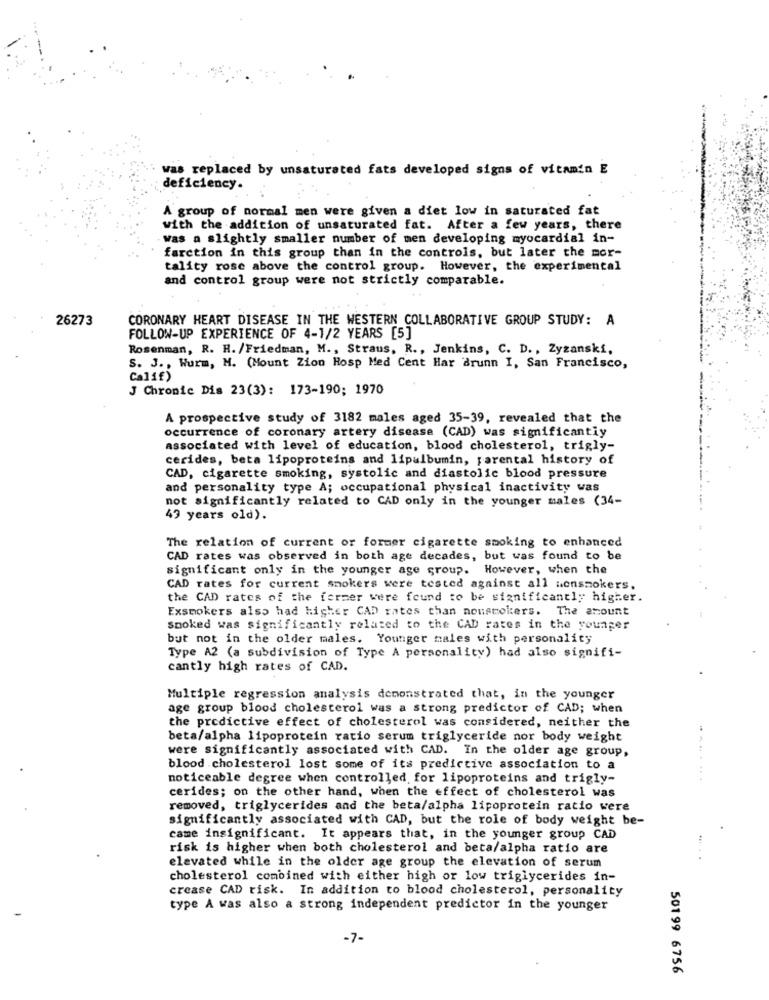
was replaced by unsaturated fats developed signs of vitamin E
deficiency.
A group of normal men were given a diet low in saturated fat
with the addition of unsaturated fat. After a few years, there
was a slightly smaller number of men developing myocardial in-
farction in this group than in the controls, but later the mor-
tality rose above the control group. However, the experimental
and control group were not strictly comparable.
26273
CORONARY HEART DISEASE IN THE WESTERN COLLABORATIVE GROUP STUDY: A
FOLLOW-UP EXPERIENCE OF 4-1/2 YEARS [5]
Rosenman, R. H. /Friedman, M ., Straus, R ., Jenkins, C. D ., Zyzanski,
S. J ., Wurm, M. (Mount Zion Hosp Med Cent Har Brunn I, San Francisco,
Calif)
J Chronic Dis 23(3): 173-190; 1970
A prospective study of 3182 males aged 35-39, revealed that the
occurrence of coronary artery disease (CAD) was significantly
associated with level of education, blood cholesterol, trigly-
cerides, beta lipoproteins and lipalbumin, parental history of
CAD, cigarette smoking, systolic and diastolic blood pressure
and personality type A; occupational physical inactivity was
not significantly related to CAD only in the younger males (34-
49 years old).
The relation of current or former cigarette smoking to enhanced
CAD rates was observed in both age decades, but was found to be
significant only in the younger age group. However, when the
CAD rates for current smokers were tested against all nonsmokers.
the CAD rates of the former were found to be significantly higher.
Exsmokers also had higher CAD rates than nonsmokers. The amount
Smoked was significantly related to the CAD rates in the younger
but not in the older males. Younger males with personality
Type A2 (a subdivision of Type A personality) had also signifi-
cantly high rates of CAD.
Multiple regression analysis demonstrated that, in the younger
age group blood cholesterol was a strong predictor of CAD; when
the predictive effect of cholesterol was considered, neither the
beta/alpha lipoprotein ratio serum triglyceride nor body weight
were significantly associated with CAD. In the older age group,
blood cholesterol lost some of its predictive association to a
noticeable degree when controlled for lipoproteins and trigly-
cerides; on the other hand, when the effect of cholesterol was
removed, triglycerides and the beta/alpha lipoprotein ratio were
significantly associated with CAD, but the role of body weight be-
came insignificant. It appears that, in the younger group CAD
risk is higher when both cholesterol and beta/alpha ratio are
elevated while in the older age group the elevation of serum
cholesterol combined with either high or low triglycerides in-
crease CAD risk. In addition to blood cholesterol, personality
type A was also a strong independent predictor in the younger
-7-
50199 6756